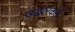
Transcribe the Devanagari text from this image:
उद्धारकर्ते